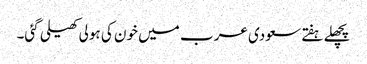
پچھلے ہفتے سعودی عرب میں خون کی ہولی کھیلی گئی۔